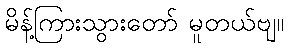
မိန့်ကြားသွားတော် မူတယ်ဗျ။